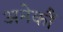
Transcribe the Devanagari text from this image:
अनेकौं